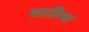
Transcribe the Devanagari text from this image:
खाडियां